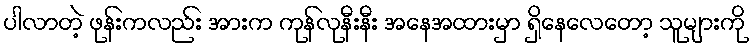
ပါလာတဲ့ ဖုန်းကလည်း အားက ကုန်လုနီးနီး အနေအထားမှာ ရှိနေလေတော့ သူများကို